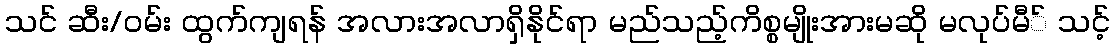
သင် ဆီး/ဝမ်း ထွက်ကျရန် အလားအလာရှိနိုင်ရာ မည်သည့်ကိစ္စမျိုးအားမဆို မလုပ်မီ် သင့်